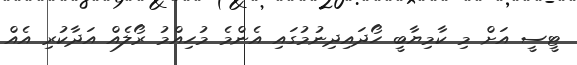
ޓީސީ އަށް މި ކާމިޔާބީ ހޯދައިދިނުމުގައި އެންމެ މުހިއްމު ރޯލެއް އަދާކުރި އެއް